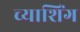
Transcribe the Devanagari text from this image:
च्याशिंग